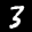
Label: 3